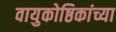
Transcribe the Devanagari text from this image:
वायुकोष्ठिकांच्या